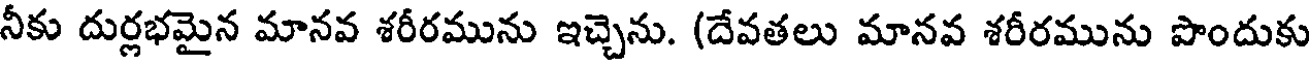
నీకు దుర్లభమైన మానవ శరీరమును ఇచ్చెను. (దేవతలు మానవ శరీరమును పొందుకు